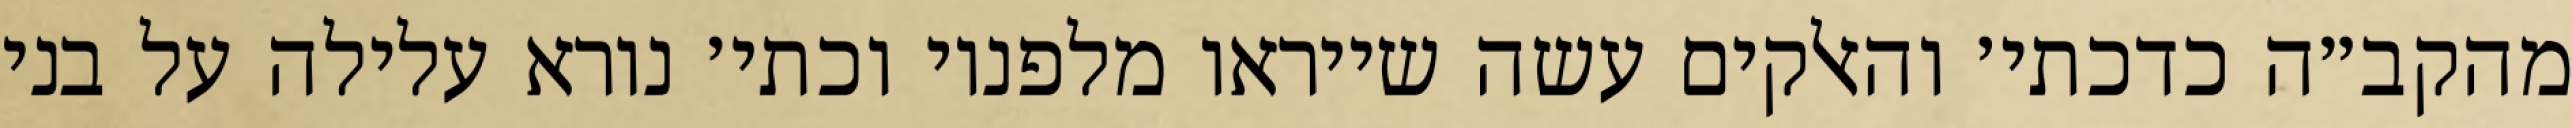
מהקב״ה כדכתי׳ והאלקים עשה שייראו מלפניו וכתי׳ נורא עלילה על בני